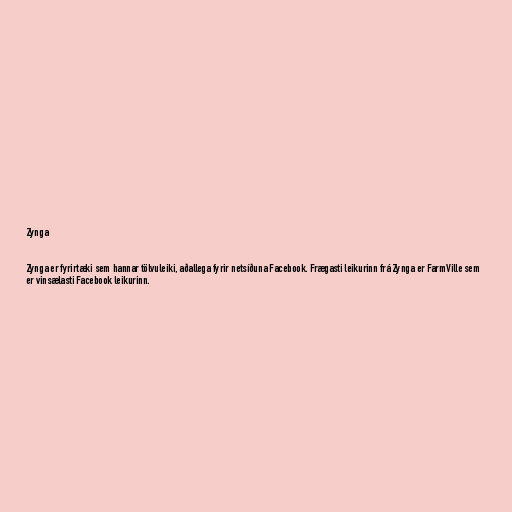
Zynga

Zynga er fyrirtæki sem hannar tölvuleiki, aðallega fyrir netsíðuna Facebook. Frægasti leikurinn frá Zynga er FarmVille sem
er vinsælasti Facebook leikurinn.